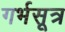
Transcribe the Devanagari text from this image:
गर्भसूत्र